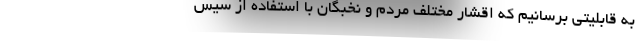
به قابلیتی برسانیم که اقشار مختلف مردم و نخبگان با استفاده از سیس